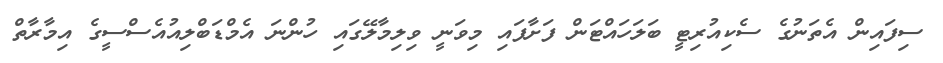
ސިފައިން އެތަނުގެ ސެކިއުރިޓީ ބަލަހައްޓަން ފަށާފައި މިވަނީ ވިލިމާލޭގައި ހުންނަ އެމްޑަބްލިއުއެސްސީގެ އިމާރާތް